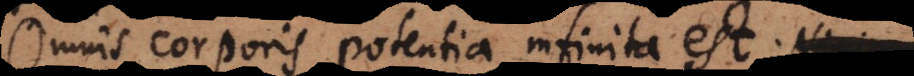
Omnis corporis potentia infinita est;